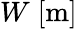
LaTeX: W\; [\textrm{m}]